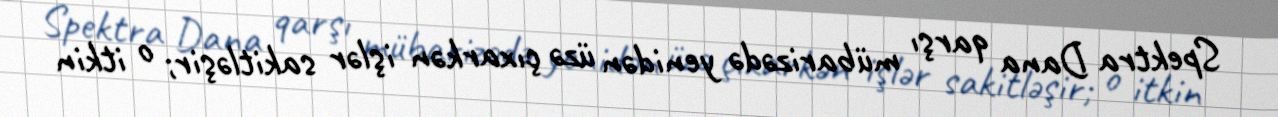
Spektra Dana qarşı mübarizədə yenidən üzə çıxarkən işlər sakitləşir; o itkin